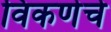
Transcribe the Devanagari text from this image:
विकणेचे